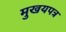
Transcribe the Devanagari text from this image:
मुखयपत्र